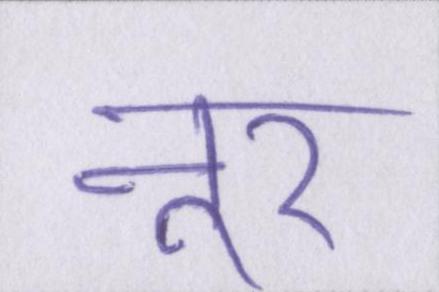
नूर